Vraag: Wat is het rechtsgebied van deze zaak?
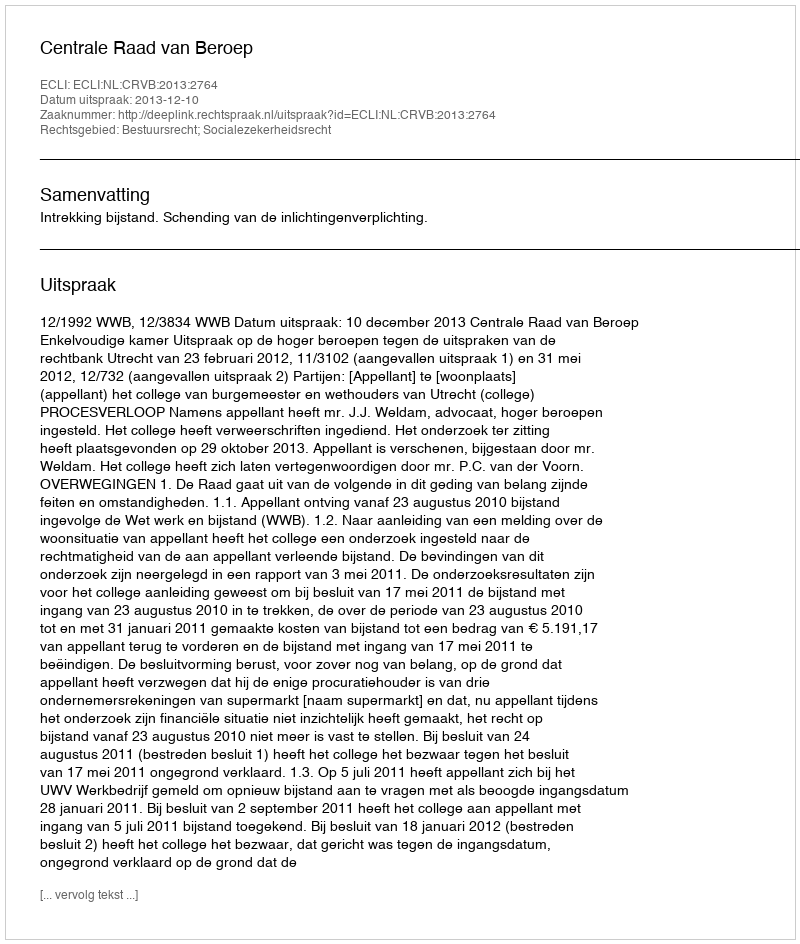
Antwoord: Bestuursrecht; Socialezekerheidsrecht